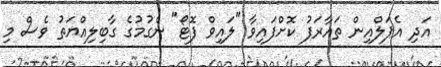
އަދި އެޕަލްއިން ތައާރަފު ކޮށްފައިވާ "ލައިވް ފޮޓޯ" ނެގުމުގެ ގާބިލިއްޔަތު ވެސް މި